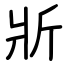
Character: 斨